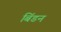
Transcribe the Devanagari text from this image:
बिंडन